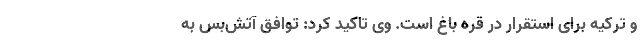
و ترکیه برای استقرار در قره باغ است. وی تاکید کرد: توافق آتش‌بس به